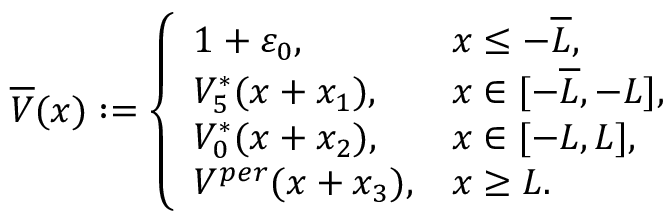
\overline { { V } } ( x ) : = \left\{ \begin{array} { l l } { 1 + \varepsilon _ { 0 } , } & { x \leq - \overline { { L } } , } \\ { V _ { 5 } ^ { * } ( x + x _ { 1 } ) , } & { x \in [ - \overline { { L } } , - L ] , } \\ { V _ { 0 } ^ { * } ( x + x _ { 2 } ) , } & { x \in [ - L , L ] , } \\ { V ^ { p e r } ( x + x _ { 3 } ) , } & { x \geq L . } \end{array} \right.